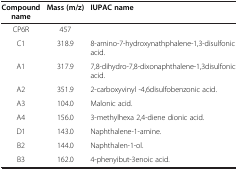
| Compound name | Mass (m/z) | IUPAC name |
 | --- | --- | --- |
 | CP6R | 457 |  |
 | C1 | 318.9 | 8-amino-7-hydroxynathphalene-1,3-disulfonic acid. |
 | A1 | 317.9 | 7,8-dihydro-7,8-dixonaphthalene-1,3disulfonic acid. |
 | A2 | 351.9 | 2-carboxyvinyl -4,6disulfobenzonic acid. |
 | A3 | 104.0 | Malonic acid. |
 | A4 | 156.0 | 3-methylhexa 2,4-diene dionic acid. |
 | D1 | 143.0 | Naphthalene-1-amine. |
 | B2 | 144.0 | Naphthalen-1-ol. |
 | B3 | 162.0 | 4-phenyibut-3enoic acid. |